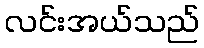
လင်းအယ်သည်